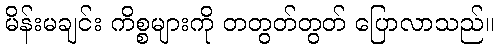
မိန်းမချင်း ကိစ္စများကို တတွတ်တွတ် ပြောလာသည်။